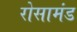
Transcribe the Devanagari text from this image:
रोसामंड